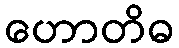
ဟောတိဓ